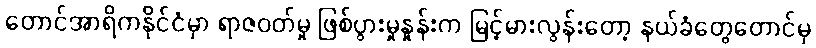
တောင်အာရိကနိုင်ငံမှာ ရာဇဝတ်မှု ဖြစ်ပွားမှုနှုန်းက မြင့်မားလွန်းတော့ နယ်ခံတွေတောင်မှ